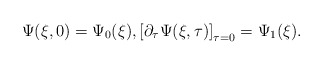
\begin{align*}\Psi(\xi, 0) = \Psi_{0}(\xi),\left[\partial_{\tau}\Psi(\xi, \tau)\right]_{\tau=0} = \Psi_{1}(\xi).\end{align*}